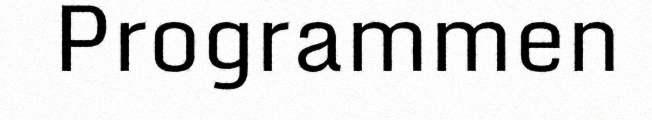
Programmen